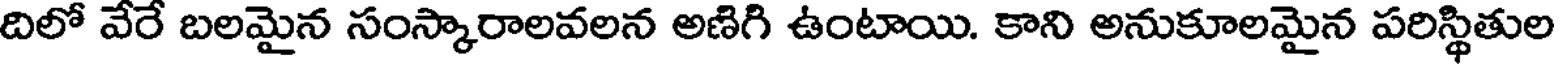
దిలో వేరే బలమైన సంస్కారాలవలన అణిగి ఉంటాయి. కాని అనుకూలమైన పరిస్థితుల